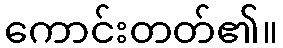
ကောင်းတတ်၏။